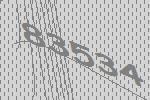
83534